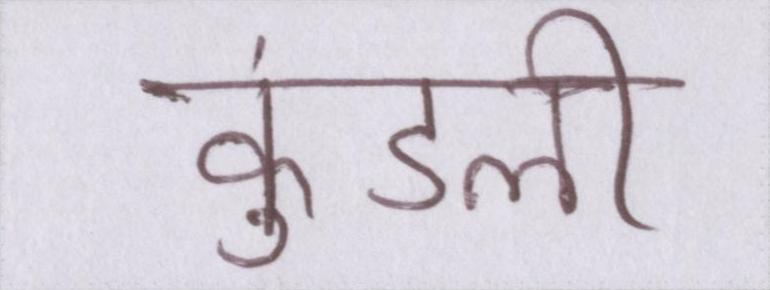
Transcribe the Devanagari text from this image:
कुंडली